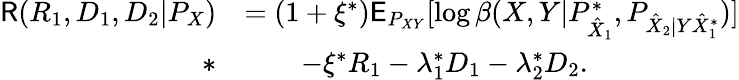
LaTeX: \begin{array}{rl}{\mathsf{R}(R_{1},D_{1},D_{2}|P_{X})}&{=(1+\xi^{*})\mathsf{E}_{P_{XY}}[\log\beta(X,Y|P_{\hat{X}_{1}}^{*},P_{\hat{X}_{2}|Y\hat{X}_{1}^{*}})]}\\ {*}&{\qquad-\xi^{*}R_{1}-\lambda_{1}^{*}D_{1}-\lambda_{2}^{*}D_{2}.}\end{array}